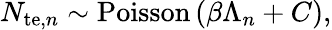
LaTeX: N_{\mathrm{te},n}\sim\mathrm{Poisson}\left(\beta\Lambda_{n}+C\right),